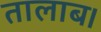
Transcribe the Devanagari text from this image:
तालाब।